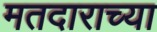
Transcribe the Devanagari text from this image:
मतदाराच्या